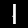
Digit: 1